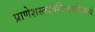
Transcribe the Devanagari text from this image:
प्राणेशस्तदवनिधराधीशतनये